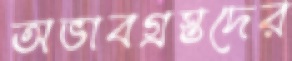
অভাবগ্রস্তদের